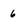
Character: 6